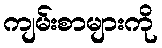
ကျမ်းစာများကို